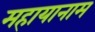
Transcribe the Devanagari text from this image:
महायानाम